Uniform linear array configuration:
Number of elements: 16
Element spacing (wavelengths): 0.75
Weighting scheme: binomial
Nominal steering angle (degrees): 45
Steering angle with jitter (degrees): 44.155
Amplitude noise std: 0.05
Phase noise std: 0.05

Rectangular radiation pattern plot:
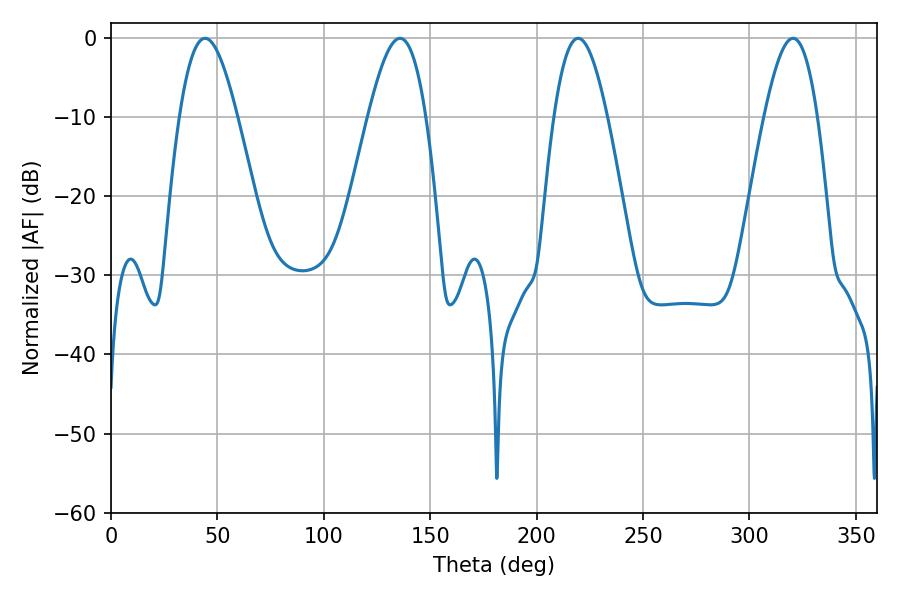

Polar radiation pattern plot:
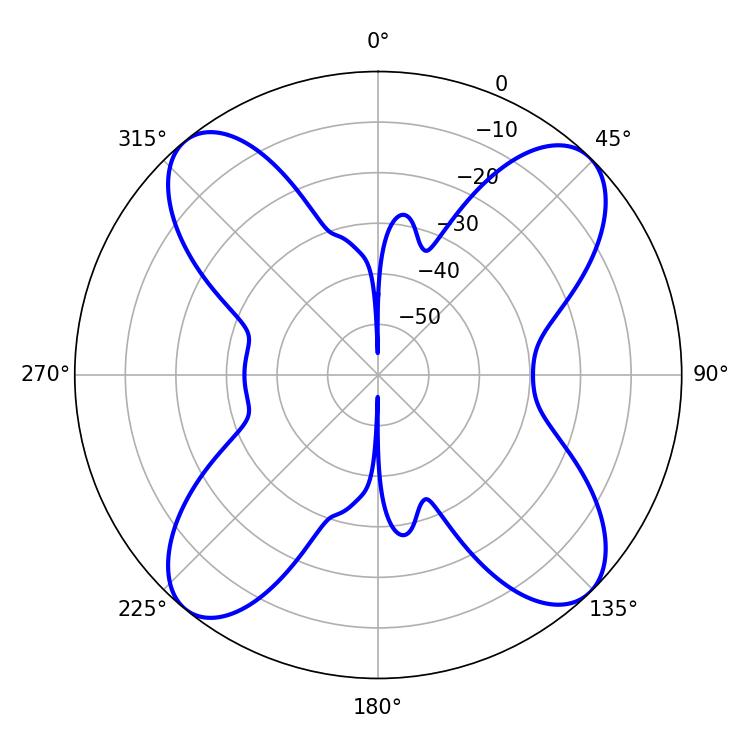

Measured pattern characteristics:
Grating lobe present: TRUE
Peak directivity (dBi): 14.962
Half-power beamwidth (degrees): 14.76
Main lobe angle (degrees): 44.28